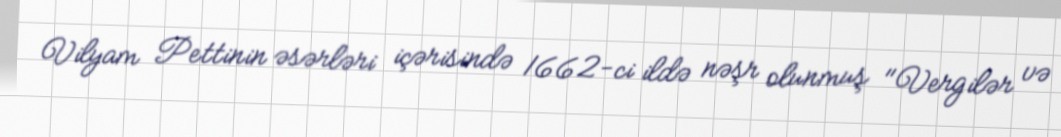
Vilyam Pettinin əsərləri içərisində 1662-ci ildə nəşr olunmuş "Vergilər və